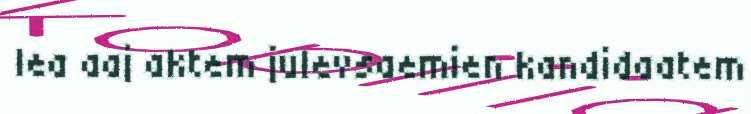
lea aaj aktem julevsaemien kandidaatem